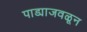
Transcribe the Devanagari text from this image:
पाड्याजवळून